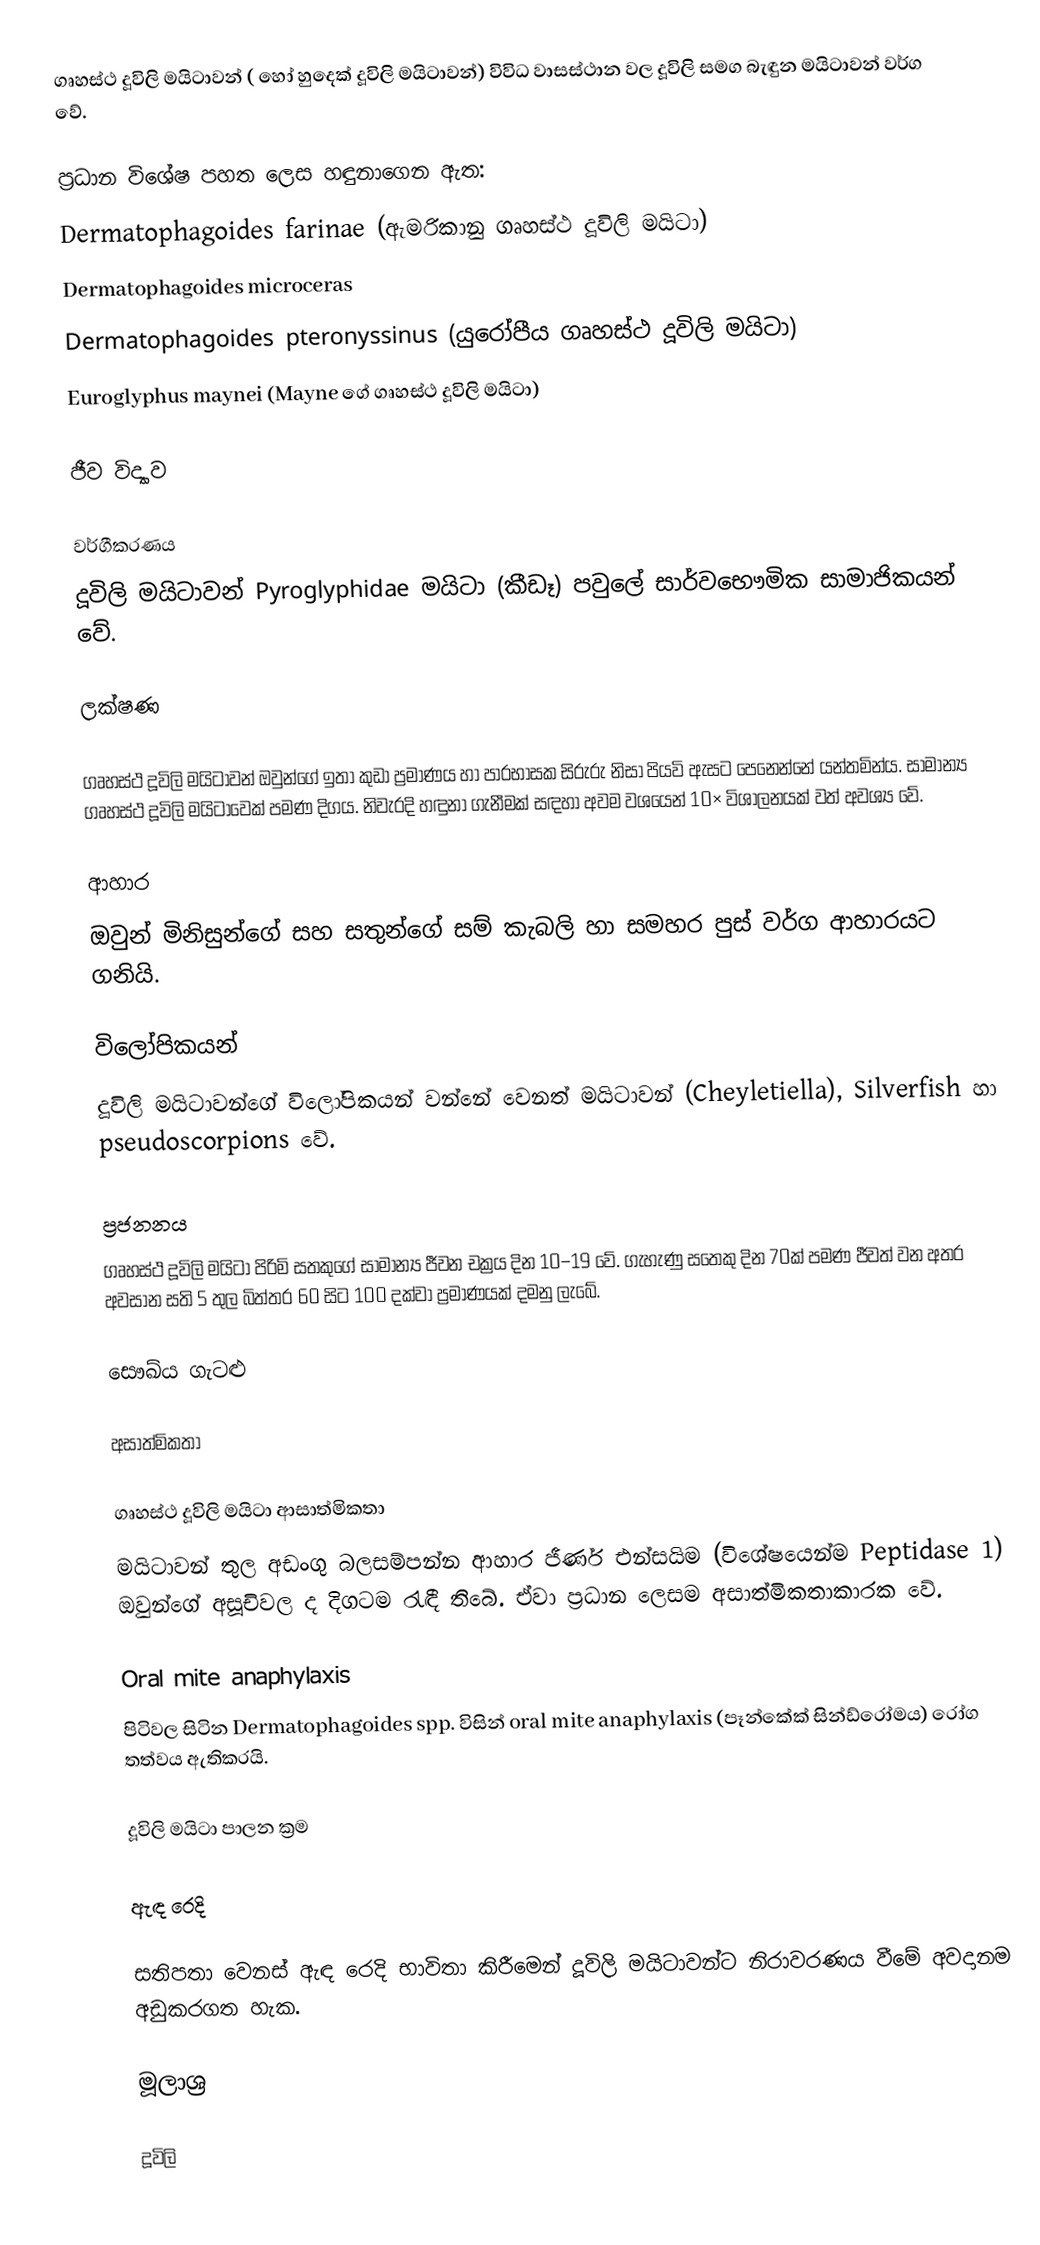
ගෘහස්ථ දූවිලි මයිටාවන් ( හෝ හුදෙක් දූවිලි මයිටාවන්) විවිධ වාසස්ථාන වල දූවිලි සමග බැඳුන මයිටාවන් වර්ග වේ.

ප්‍රධාන විශේෂ පහත ලෙස හඳුනාගෙන ඇත:
 Dermatophagoides farinae (ඇමරිකානු ගෘහස්ථ දූවිලි මයිටා)
 Dermatophagoides microceras
 Dermatophagoides pteronyssinus (යුරෝපීය ගෘහස්ථ දූවිලි මයිටා)
 Euroglyphus maynei (Mayne ගේ ගෘහස්ථ දූවිලි මයිටා)

ජීව විද්‍යාව

වර්ගීකරණය
දූවිලි මයිටාවන් Pyroglyphidae මයිටා (කීඩෑ) පවුලේ සාර්වභෞමික සාමාජිකයන් වේ.

ලක්ෂණ

ගෘහස්ථ දූවිලි මයිටාවන්  ඔවුන්ගේ ඉතා කුඩා ප්‍රමාණය හා පාරභාසක සිරුරු නිසා පියවි ඇසට පෙනෙන්නේ යන්තමින්ය. සාමාන්‍ය ගෘහස්ථ දූවිලි මයිටාවෙක්   පමණ දිගය. නිවැරදි හඳුනා ගැනීමක් සඳහා අවම වශයෙන් 10× විශාලනයක් වත් අවශ්‍ය වේ.

ආහාර
ඔවුන් මිනිසුන්ගේ සහ සතුන්ගේ සම් කැබලි හා සමහර පුස් වර්ග ආහාරයට ගනියි.

විලෝපිකයන්
දූවිලි මයිටාවන්ගේ විලෝපිකයන් වන්නේ වෙනත් මයිටාවන් (Cheyletiella), Silverfish හා pseudoscorpions වේ.

ප්‍රජනනය
ගෘහස්ථ දූවිලි මයිටා පිරිමි සතකුගේ සාමාන්‍ය ජීවන චක්‍රය දින 10–19 වේ. ගැහැණු සතෙකු දින 70ක් පමණ ජීවත්  වන අතර  අවසාන සති 5 තුල බිත්තර 60 සිට 100 දක්වා ප්‍රමාණයක් දමනු ලැබේ.

සෞඛ්ය ගැටළු

අසාත්මිකතා

ගෘහස්ථ දූවිලි මයිටා ආසාත්මිකතා
මයිටාවන් තුල අඩංගු බලසම්පන්න ආහාර ජීර්ණ එන්සයිම (විශේෂයෙන්ම Peptidase 1)  ඔවුන්ගේ අසූචිවල ද දිගටම රැඳී තිබේ. ඒවා ප්‍රධාන ලෙසම අසාත්මිකතාකාරක වේ.

Oral mite anaphylaxis
පිටිවල සිටින Dermatophagoides spp. විසින් oral mite anaphylaxis (පෑන්කේක් සින්ඩ්රෝමය) රෝග තත්වය ඇතිකරයි.

දූවිලි මයිටා පාලන ක්‍රම

ඇඳ රෙදි

සතිපතා වෙනස් ඇඳ රෙදි භාවිතා කිරීමෙන් දූවිලි මයිටාවන්ට නිරාවරණය වීමේ අවදානම අඩුකරගත හැක.

මූලාශ්‍ර

දූවිලි